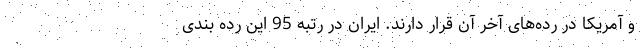
و آمریکا در رده‌های آخر آن قرار دارند. ایران در رتبه 95 این رده بندی